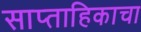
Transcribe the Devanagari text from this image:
साप्‍ताहिकाचा